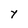
Character: Y